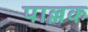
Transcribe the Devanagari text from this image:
पाल्लक